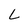
Character: L